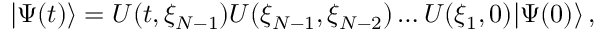
| \Psi ( t ) \rangle = { \cal U } ( t , \xi _ { N - 1 } ) { \cal U } ( \xi _ { N - 1 } , \xi _ { N - 2 } ) \dots { \cal U } ( \xi _ { 1 } , 0 ) | \Psi ( 0 ) \rangle \, ,